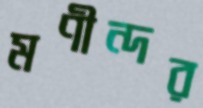
মণীন্দর